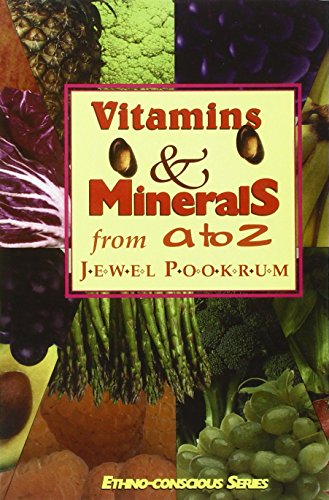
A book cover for Vitamins & Minerals from A to Z (Ethno-Conscious Series); Jewel Pookrum; Health, Fitness & Dieting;